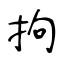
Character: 拘